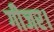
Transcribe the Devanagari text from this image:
गीजर।